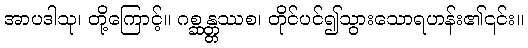
အာပဒါသု၊ တို့ကြောင့်။ ဂစ္ဆန္တ္တဿစ၊ တိုင်ပင်၍သွားသောရဟန်း၏၎င်း။